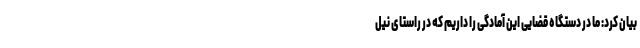
بیان کرد: ما در دستگاه قضایی این آمادگی را داریم که در راستای نیل